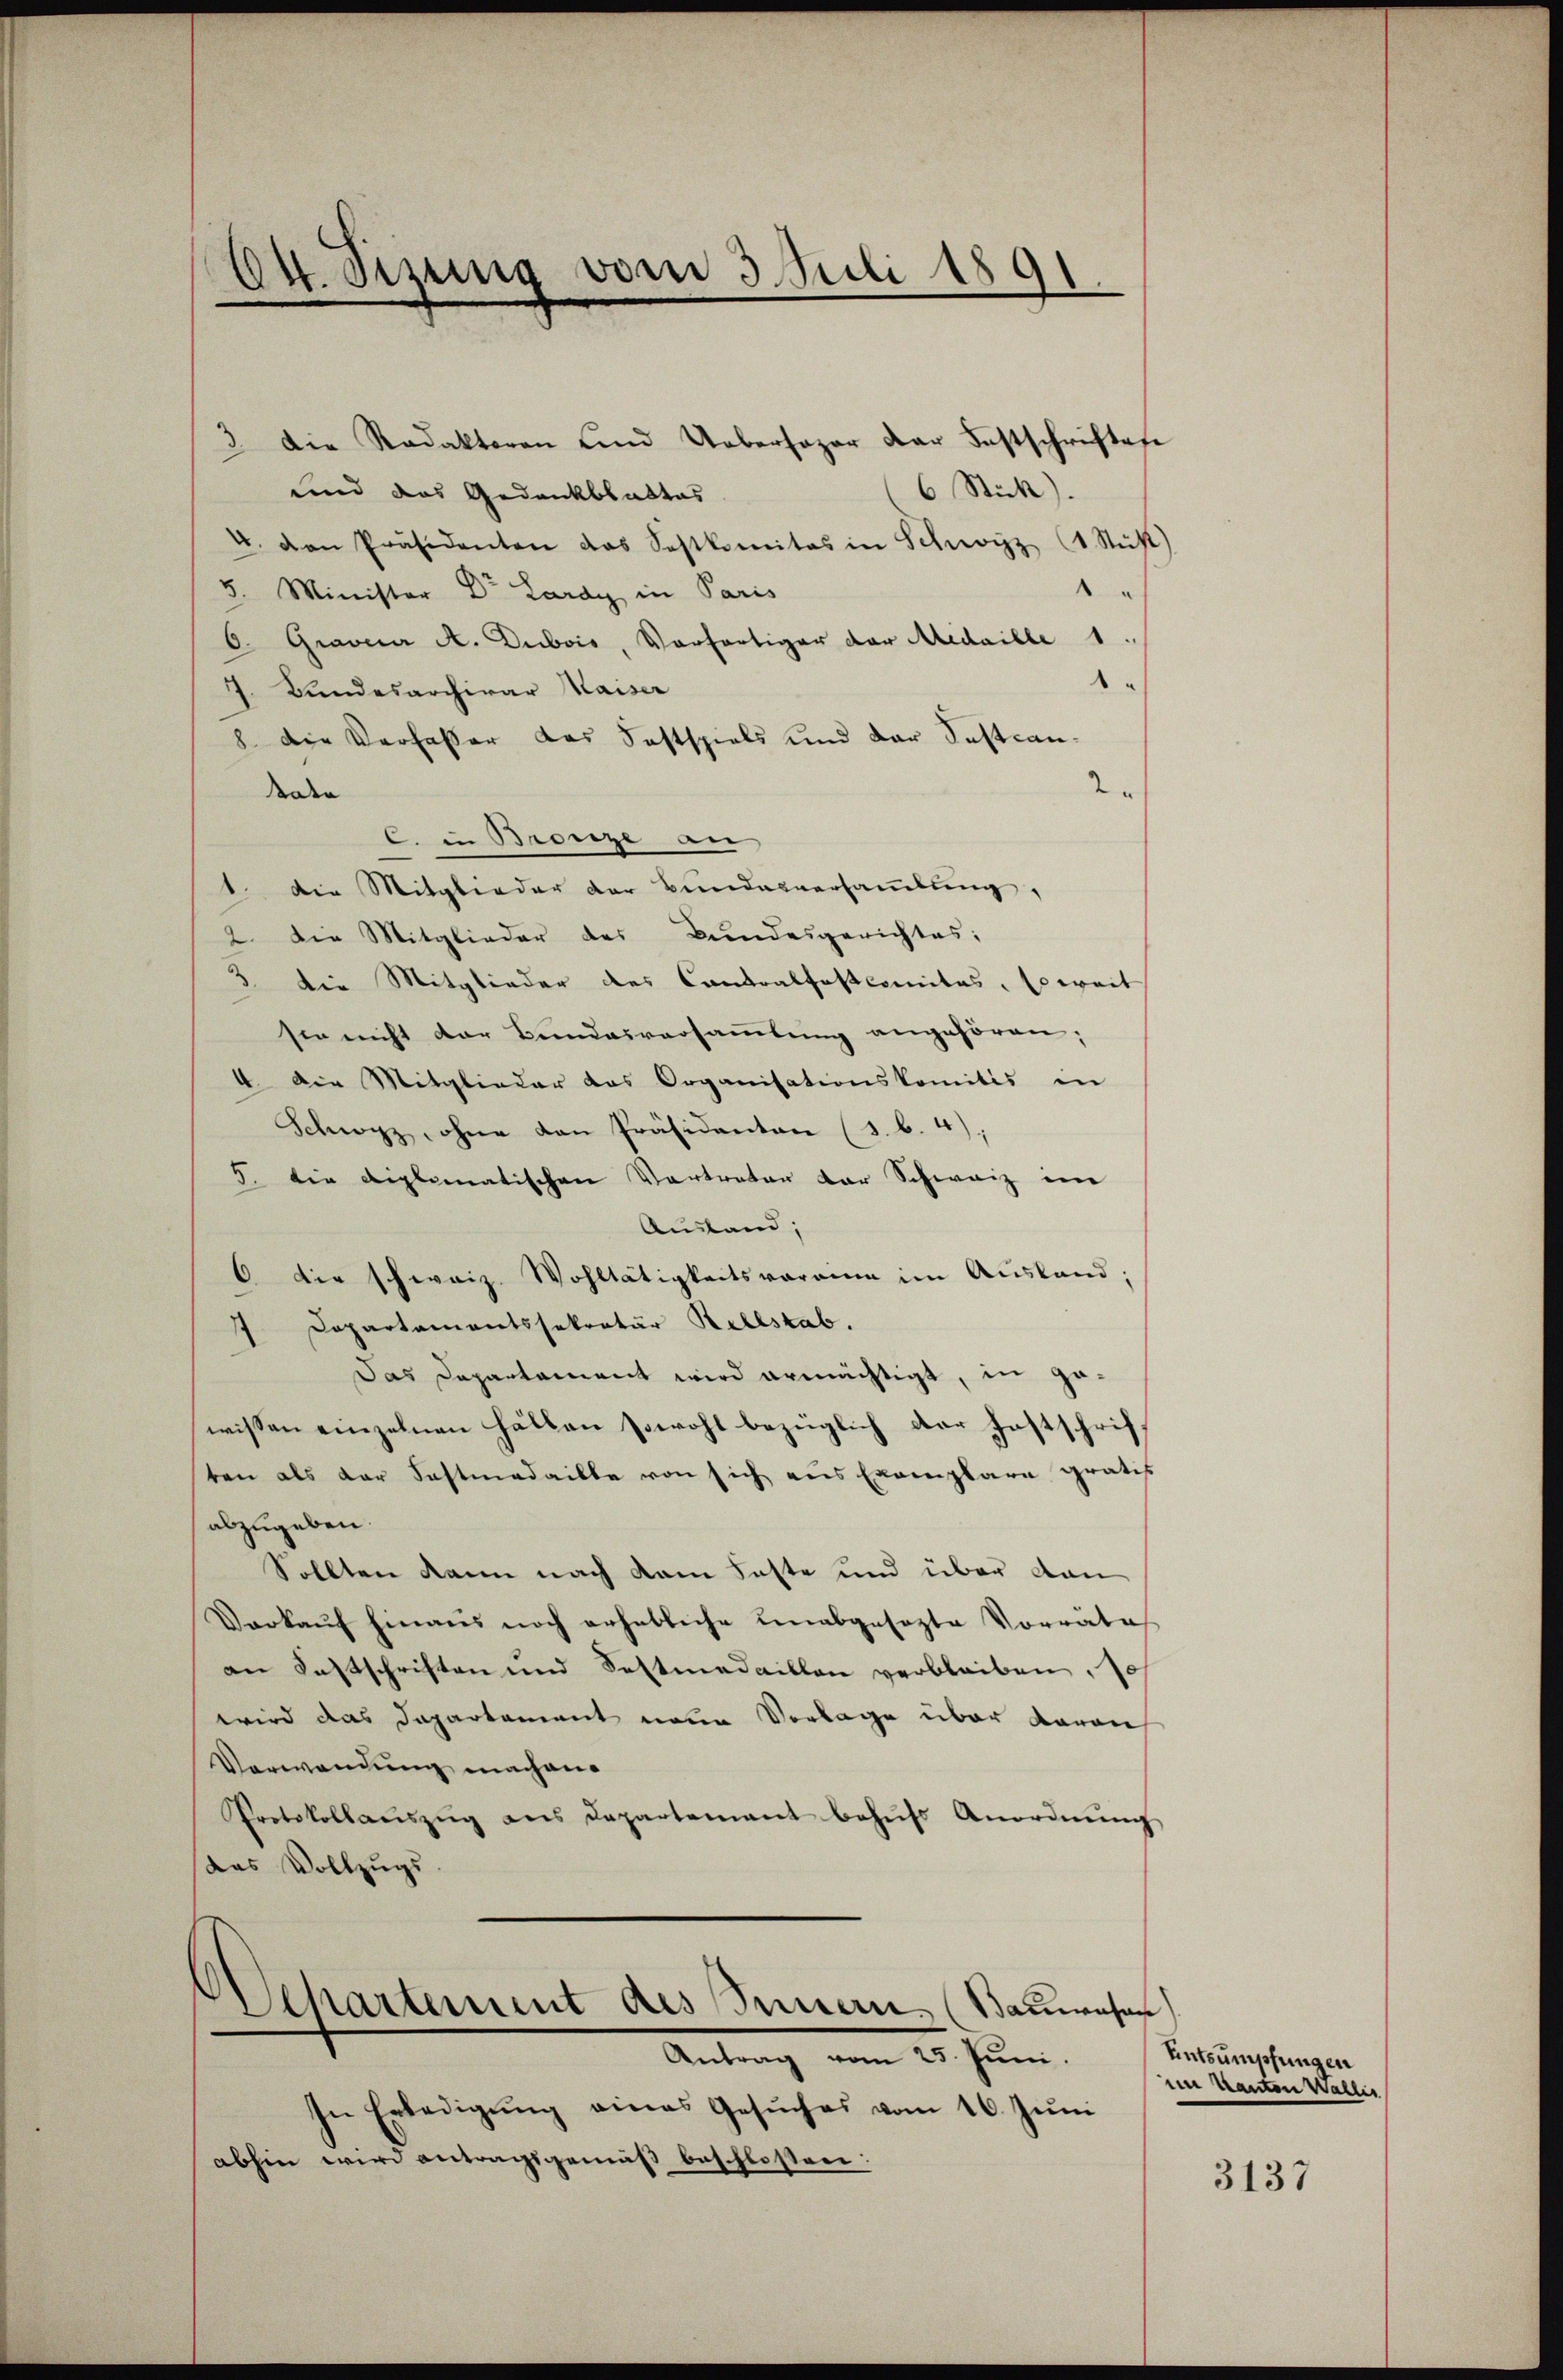
24. Sizung vom 3. Juli 1891

Die Redaktoren und Uebersogar der Festschriften
und das Gedankblattes
U. den Präsidenten das Sostkomitas in Schwyz (1 Stuhl)
5. Minister Dr. Lardy in Paris
O. Gravier A. Dubois, Vorfertiger der Medaille 1
77. Bundesarchivar Maiser
8. Die Verfasser das Festspiels und der Testan¬
2.
deren
C. in Bronze an
1. Die Mitglieder der Bundesversamlung,
2. Die Mitglieder des Bundesgerichtes:
3 die Mitglieder des Contralfastcomitas, soweit
sie nicht der Bundesversaṁlŭng angehören,
I. Die Mitglieder das Organisationskomitis in
Schwyz, ohne dan Präsidenten (s. B. 4),
5. die diplomatischen Vertreter der Schweiz im
Ausland;
6 die schweiz. Wohltätigkeitsvorrinn im Ausland;
7 Departamentssekretär Rellstab.
Das Departament wird ermächtigt, in gewissen einzelnen halben sowohl bezüglich der Festschriff
ten als der Fastmedaille von sich aus Exemplare gratis
abzugeben.
Sollten kann nach dem Faste und über dan
Darkaŭf hinaus noch erhebliche hinabgesezte Vorrätes
an Fastschriften und Seltmedaillon verbleiben, so
wird das Departement neue Vorlage über darau
Verwendung machen.
Protokollaŭszŭg ans Departement behŭfs Anordnŭng
das Vollzugs
chartement des Innern, (Bauwesen
Antrag vom 25. Jun.
In Erledigŭng eines Gesŭches vom 16. Jŭni
abhin wird antragsgemäß beschlossen:

6 Stick).

Entsumpfungen
im Kanton Waller

3137